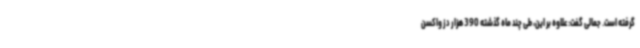
گرفته است. جمالی گفت: علاوه بر این، طی چند ماه گذشته 390 هزار دز واکسن